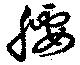
腰